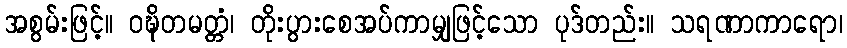
အစွမ်းဖြင့်။ ဝဍ္ဎိတမတ္တံ၊ တိုးပွားစေအပ်ကာမျှဖြင့်သော ပုဒ်တည်း။ သရဏာကာရော၊